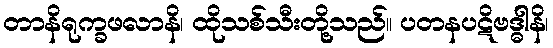
တာနိရုက္ခဖလာနိ၊ ထိုသစ်သီးတို့သည်။ ပတနပဋိဗဒ္ဓါနိ၊